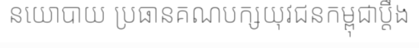
នយោបាយ ប្រធានគណបក្សយុវជនកម្ពុជាប្តឹង